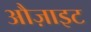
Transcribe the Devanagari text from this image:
औज़ाइट